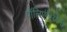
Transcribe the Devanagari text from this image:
पॉलिएंब्रियोनी